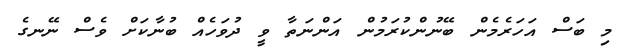
މި ބަސް އަހަރެމެން ބޭނުންކުރަމުން އަންނަތާ ވީ ދުވަހެއް ބުނާކަށް ވެސް ނޭނގެ